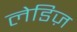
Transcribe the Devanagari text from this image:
लेडिज़